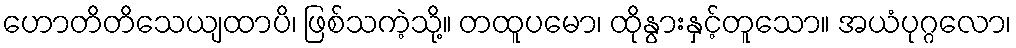
ဟောတိတိသေယျထာပိ၊ ဖြစ်သကဲ့သို့။ တထူပမော၊ ထိုနွားနှင့်တူသော။ အယံပုဂ္ဂလော၊